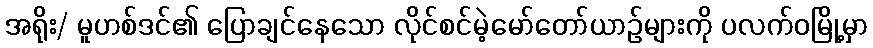
အရိုး/ မူဟစ်ဒင်၏ ပြောချင်နေသော လိုင်စင်မဲ့မော်တော်ယာဉ်များကို ပလက်ဝမြို့မှာ